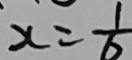
x = \frac { 1 } { 6 }